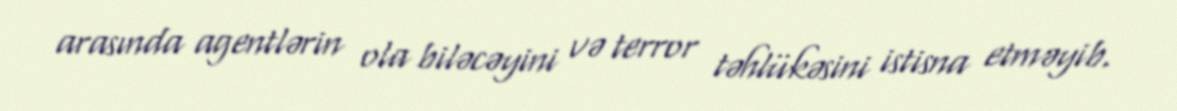
arasında agentlərin ola biləcəyini və terror təhlükəsini istisna etməyib.